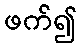
ဖက်၍